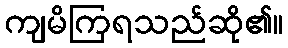
ကျမိကြရသည်ဆို၏။